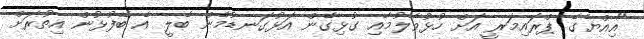
"އިއްޔެގެ ޕްރައިމަރީ އަށް ހުޅުވާލުމާއި ގުޅިގެން އަޅުގަނޑުމެން ބެލީ އެ ބޭފުޅުން އިތުރަށް